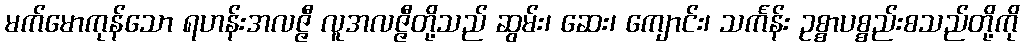
မက်မောကုန်သော ရဟန်းအလဇ္ဇီ လူအလဇ္ဇီတို့သည် ဆွမ်း၊ ဆေး၊ ကျောင်း၊ သင်္ကန်း ဥစ္စာပစ္စည်းစသည်တို့ကို